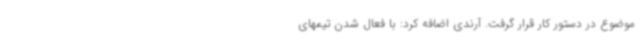
موضوع در دستور کار قرار گرفت. آرندی اضافه کرد: با فعال شدن تیمهای